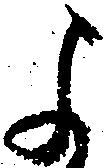
よ